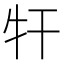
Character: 㸩